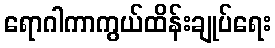
ရောဂါကာကွယ်ထိန်းချုပ်ရေး